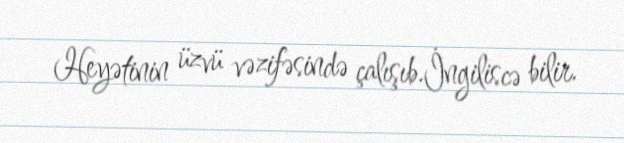
Heyətinin üzvü vəzifəsində çalışıb.İngiliscə bilir.